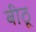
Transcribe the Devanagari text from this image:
बीठू